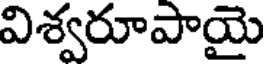
విశ్వరూపాయై